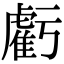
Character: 虧